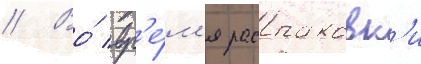
// Во́ вр'е́м'я распаковк'и